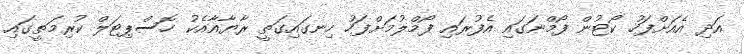
އަދި އެއަށްފަހު ކޯޓުން ފޯމްނަގައި އެފުރައި ފޯމްލުމަށްފަހު ހިނގައިގަތީ ރާޔާއާއެކު ހޮސްޕިޓަލް ކުރިމަތީގައި